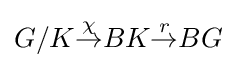
G/K{\overset {\chi }{\to }}BK{\overset {r}{\to }}BG